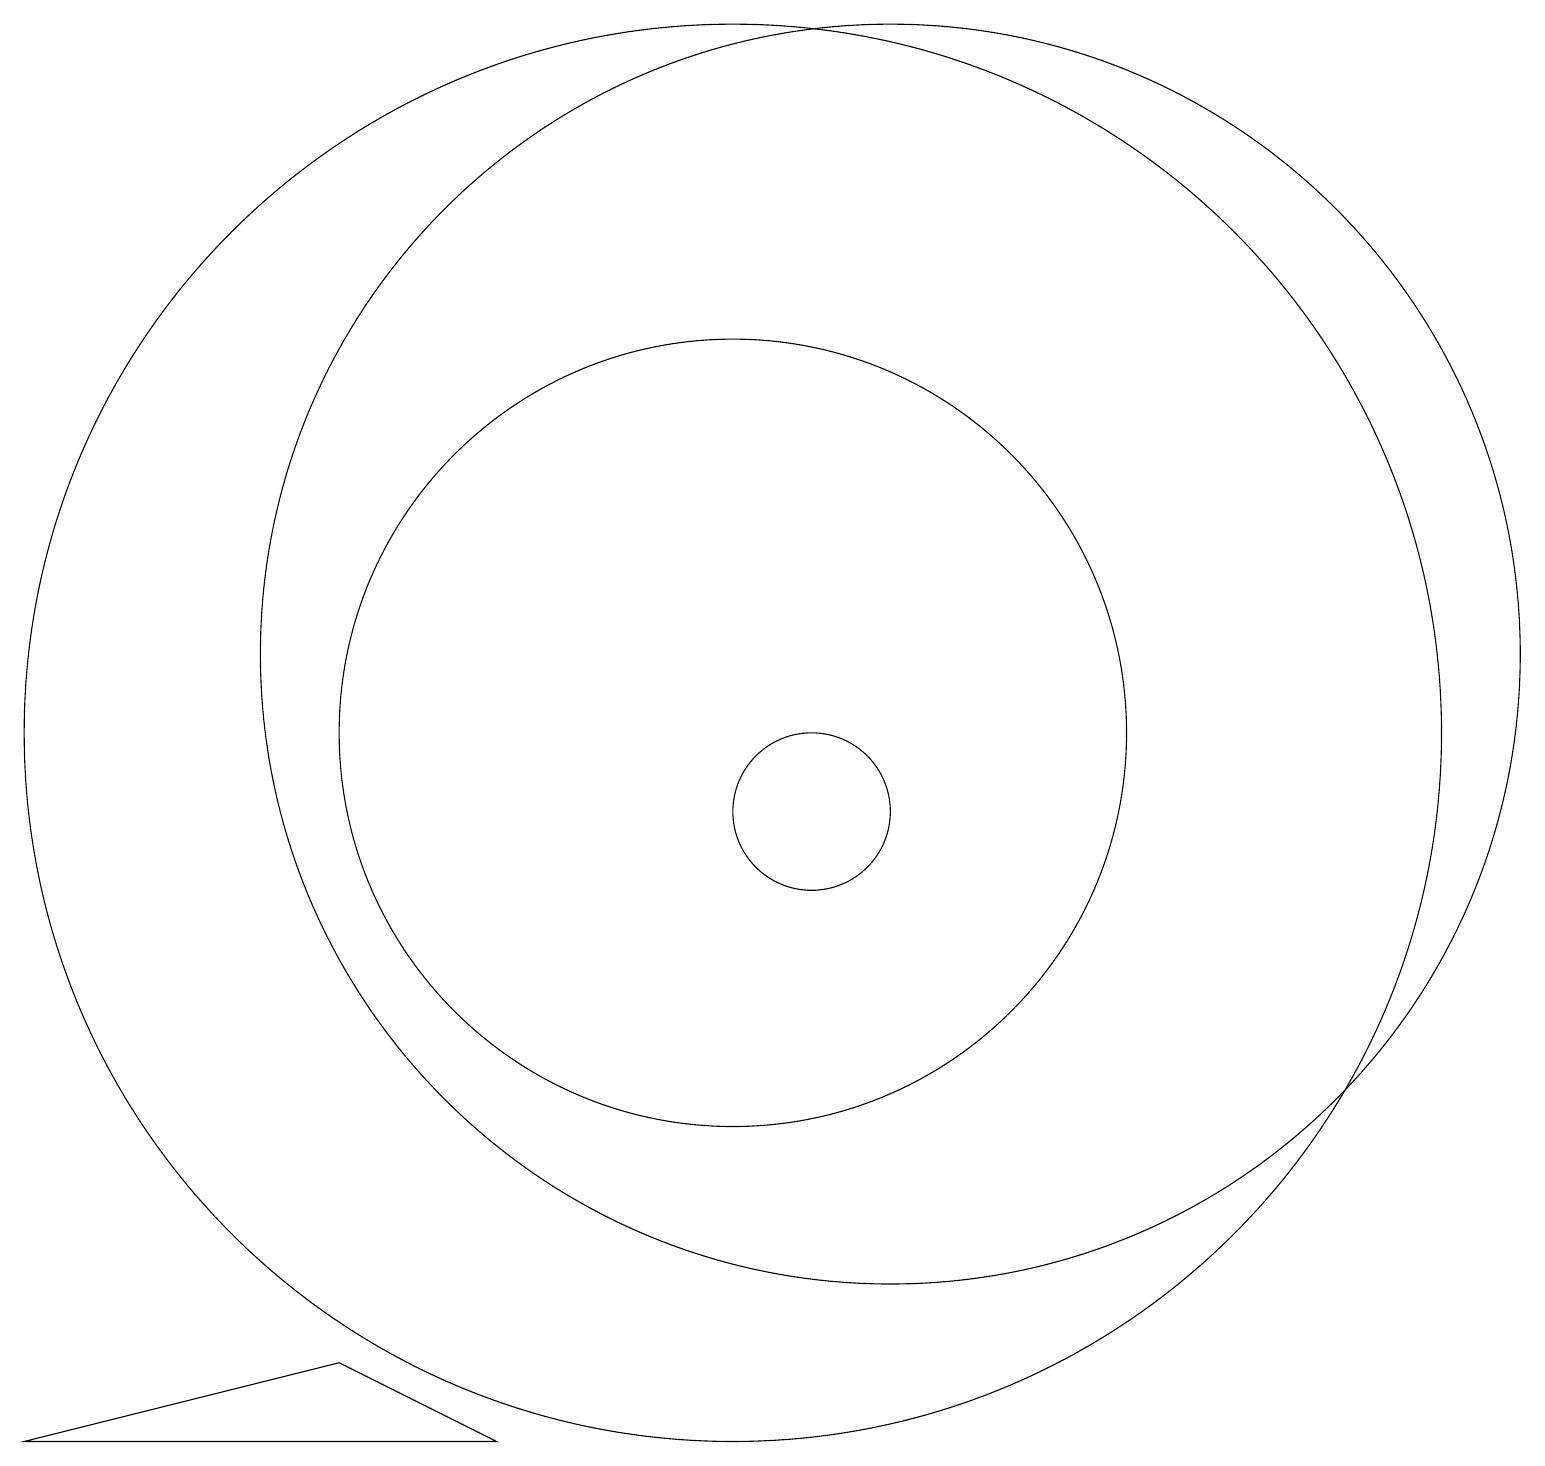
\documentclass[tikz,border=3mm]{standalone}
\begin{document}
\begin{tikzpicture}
\draw (10,11) circle (9);
\draw (5,3) -- (1,2) -- (7,2) -- cycle;
\draw (12,12) circle (8);
\draw (5,18) rectangle (5,18);
\draw (10,11) circle (5);
\draw (11,10) circle (1);
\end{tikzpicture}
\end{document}